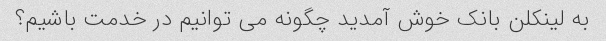
به لینکلن بانک خوش آمدید چگونه می توانیم در خدمت باشیم؟